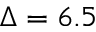
\Delta = 6 . 5